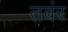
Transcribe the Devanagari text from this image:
तवंर